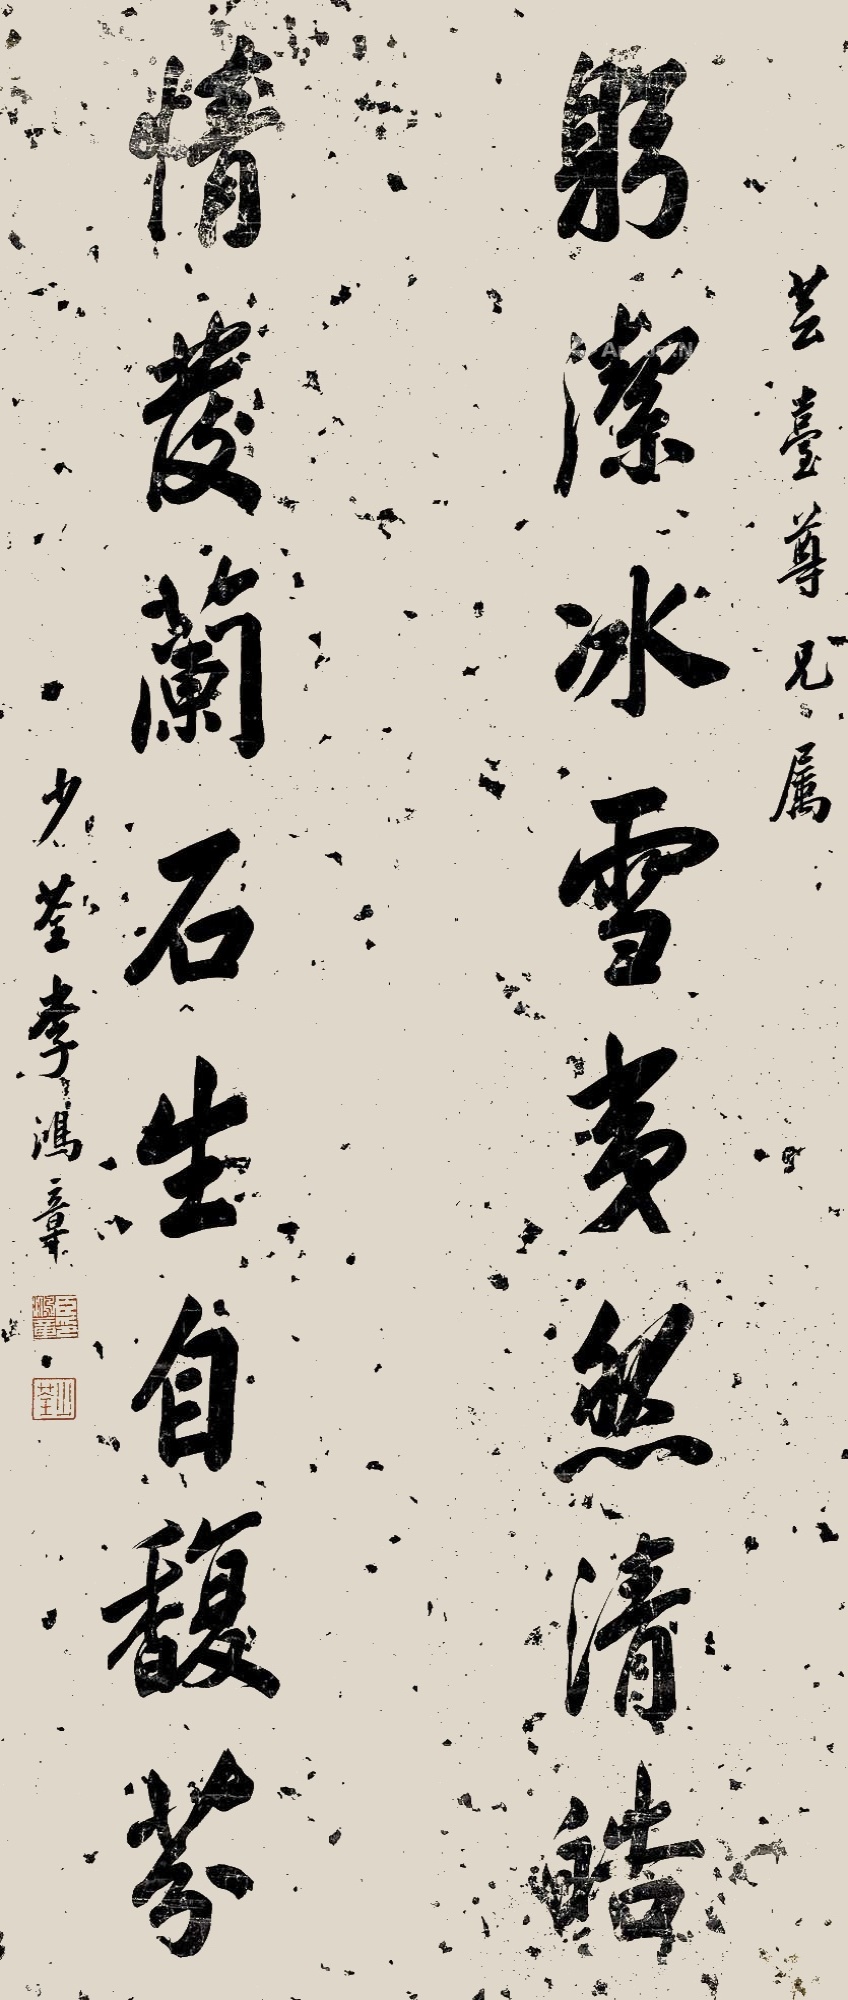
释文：躬洁冰雪夷然清皓，情发兰石生自馥芬。芸台尊兄属。少荃李鸿章。